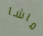
ماشا